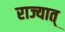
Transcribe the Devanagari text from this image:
राज्यात्